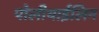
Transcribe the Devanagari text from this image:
पोलीथाईलिन